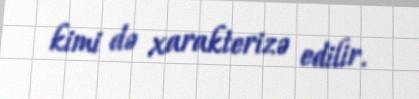
kimi də xarakterizə edilir.